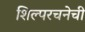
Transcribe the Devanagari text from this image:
शिल्परचनेची